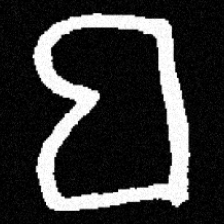
Pyu character \u2014 Myanmar letter: ဗ (romanized: ba)